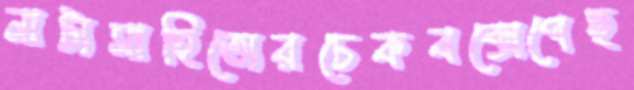
নাট্যসাহিত্যেরচেকবক্সেপেছ